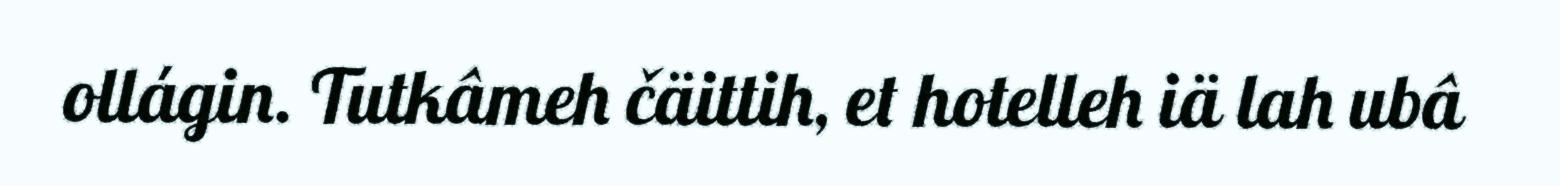
ollágin. Tutkâmeh čäittih, et hotelleh iä lah ubâ